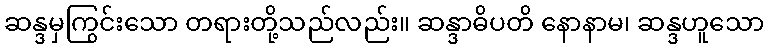
ဆန္ဒမှကြွင်းသော တရားတို့သည်လည်း။ ဆန္ဒာဓိပတိ နောနာမ၊ ဆန္ဒဟူသော